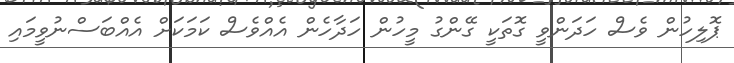
ޕޮލިހުން ވެސް ހަދަންވީ ގޮތަކީ ގޭންގު މީހުން ހަދާހެން އެއްވެސް ކަމަކަށް އެއްބަސްނުވީމައި